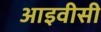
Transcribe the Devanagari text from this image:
आइवीसी